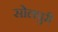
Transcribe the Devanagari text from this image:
सोलपुरी